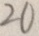
2 0